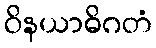
ဝိနယာဓိဂတံ